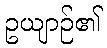
ဥယျာဉ်၏